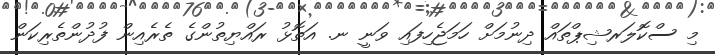
މި ސްކޮލަރޝިޕްތައް ދިނުމަށް ހަމަޖެހިފައި ވަނީ ނ. އަތޮޅު ރައްޔިތުންގެ ތެރެއިން ފުދުންތެރިކަން